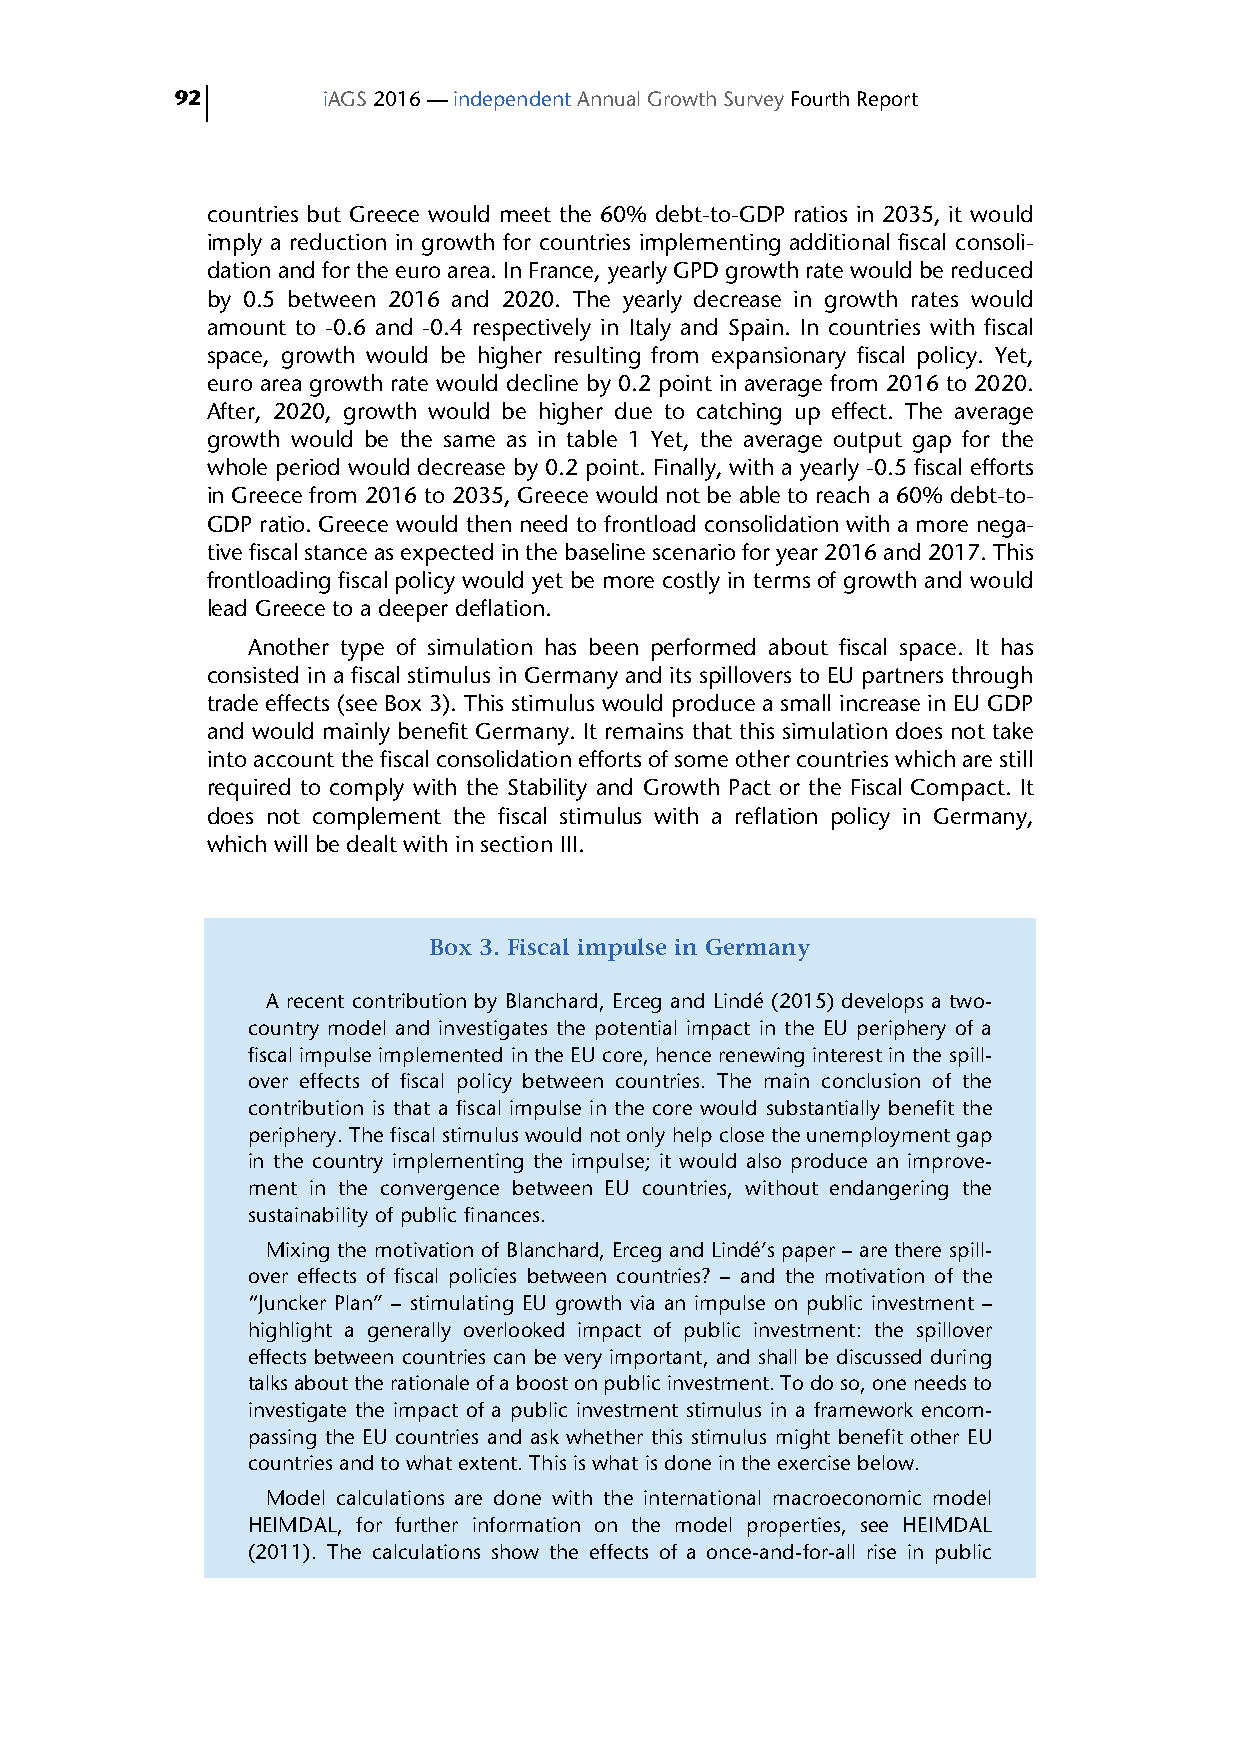
92       iAGS 2016 — independent Annual Growth Survey Fourth Report
 countries but Greece would meet the 60% debt-to-GDP ratios in 2035, it would
 imply a reduction in growth for countries implementing additional fiscal consoli-
 dation and for the euro area. In France, yearly GPD growth rate would be reduced
 by 0.5 between 2016 and 2020. The yearly decrease in growth rates would
 amount to -0.6 and -0.4 respectively in Italy and Spain. In countries with fiscal
 space, growth would be higher resulting from expansionary fiscal policy. Yet,
 euro area growth rate would decline by 0.2 point in average from 2016 to 2020.
 After, 2020, growth would be higher due to catching up effect. The average
 growth would be the same as in table 1 Yet, the average output gap for the
 whole period would decrease by 0.2 point. Finally, with a yearly -0.5 fiscal efforts
 in Greece from 2016 to 2035, Greece would not be able to reach a 60% debt-to-
 GDP ratio. Greece would then need to frontload consolidation with a more nega-
 tive fiscal stance as expected in the baseline scenario for year 2016 and 2017. This
 frontloading fiscal policy would yet be more costly in terms of growth and would
 lead Greece to a deeper deflation.
 Another type of simulation has been performed about fiscal space. It has
 consisted in a fiscal stimulus in Germany and its spillovers to EU partners through
 trade effects (see Box 3). This stimulus would produce a small increase in EU GDP
 and would mainly benefit Germany. It remains that this simulation does not take
 into account the fiscal consolidation efforts of some other countries which are still
 required to comply with the Stability and Growth Pact or the Fiscal Compact. It
 does not complement the fiscal stimulus with a reflation policy in Germany,
 which will be dealt with in section III.
 Box 3. Fiscal impulse in Germany
 A recent contribution by Blanchard, Erceg and Lindé (2015) develops a two-
 country model and investigates the potential impact in the EU periphery of a
 fiscal impulse implemented in the EU core, hence renewing interest in the spill-
 over effects of fiscal policy between countries. The main conclusion of the
 contribution is that a fiscal impulse in the core would substantially benefit the
 periphery. The fiscal stimulus would not only help close the unemployment gap
 in the country implementing the impulse; it would also produce an improve-
 ment in the convergence between EU countries, without endangering the
 sustainability of public finances.
 Mixing the motivation of Blanchard, Erceg and Lindé’s paper – are there spill-
 over effects of fiscal policies between countries? – and the motivation of the
 “Juncker Plan” – stimulating EU growth via an impulse on public investment –
 highlight a generally overlooked impact of public investment: the spillover
 effects between countries can be very important, and shall be discussed during
 talks about the rationale of a boost on public investment. To do so, one needs to
 investigate the impact of a public investment stimulus in a framework encom-
 passing the EU countries and ask whether this stimulus might benefit other EU
 countries and to what extent. This is what is done in the exercise below.
 Model calculations are done with the international macroeconomic model
 HEIMDAL, for further information on the model properties, see HEIMDAL
 (2011). The calculations show the effects of a once-and-for-all rise in public